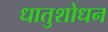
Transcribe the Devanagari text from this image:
धातुशोधन